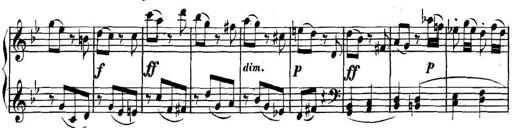
Title: Collected Piano Sonatas
Composer: Muzio Clementi